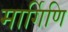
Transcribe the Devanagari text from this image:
मार्गिणि